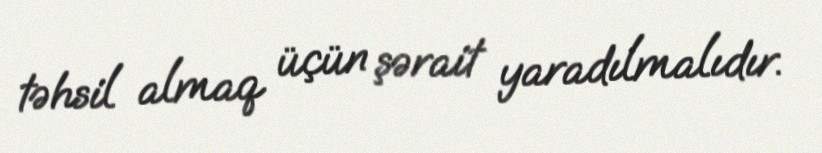
təhsil almaq üçün şərait yaradılmalıdır.